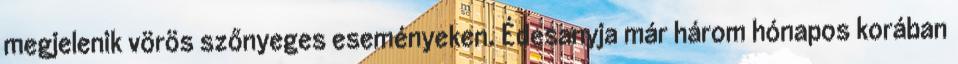
megjelenik vörös szőnyeges eseményeken. Édesanyja már három hónapos korában